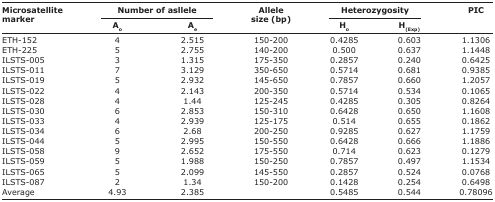
| <ROWSPAN=3> Microsatellite marker | <COLSPAN=2> Number of asllele | <ROWSPAN=3> Allele size (bp) | <COLSPAN=2> Heterozygosity | <ROWSPAN=3> PIC |
 | Ao | Ae | Ho | H(Exp) |
 | --- | --- | --- | --- | --- | --- | --- |
 | ETH-152 | 4 | 2.515 | 150-200 | 0.4285 | 0.603 | 1.1306 |
 | ETH-225 | 5 | 2.755 | 140-200 | 0.500 | 0.637 | 1.1448 |
 | ILSTS-005 | 3 | 1.315 | 175-350 | 0.2857 | 0.240 | 0.6425 |
 | ILSTS-011 | 7 | 3.129 | 350-650 | 0.5714 | 0.681 | 0.9385 |
 | ILSTS-019 | 5 | 2.932 | 145-650 | 0.7857 | 0.660 | 1.2057 |
 | ILSTS-022 | 4 | 2.143 | 200-350 | 0.5714 | 0.534 | 0.1065 |
 | ILSTS-028 | 4 | 1.44 | 125-245 | 0.4285 | 0.305 | 0.8264 |
 | ILSTS-030 | 6 | 2.853 | 150-310 | 0.6428 | 0.650 | 1.1608 |
 | ILSTS-033 | 4 | 2.939 | 125-175 | 0.514 | 0.655 | 0.1862 |
 | ILSTS-034 | 6 | 2.68 | 200-250 | 0.9285 | 0.627 | 1.1759 |
 | ILSTS-044 | 5 | 2.995 | 150-550 | 0.6428 | 0.666 | 1.1886 |
 | ILSTS-058 | 9 | 2.652 | 175-550 | 0.714 | 0.623 | 0.1279 |
 | ILSTS-059 | 5 | 1.988 | 150-250 | 0.7857 | 0.497 | 1.1534 |
 | ILSTS-065 | 5 | 2.099 | 145-550 | 0.2857 | 0.524 | 0.0768 |
 | ILSTS-087 | 2 | 1.34 | 150-200 | 0.1428 | 0.254 | 0.6498 |
 | Average | 4.93 | 2.385 |  | 0.5485 | 0.544 | 0.78096 |